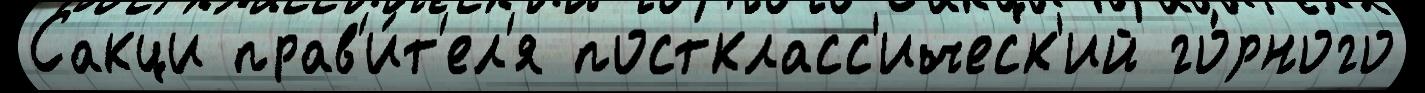
Сакци прав'и́т'ел'я посткласс'ическ'ий го́рного